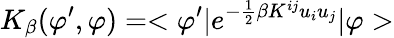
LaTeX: K_{\beta}(\varphi^{\prime},\varphi)=<\varphi^{\prime}|e^{-\frac{1}{2}\beta K^{ij}u_{i}u_{j}}|\varphi>